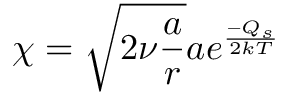
\chi = \sqrt { 2 \nu \frac { a } { r } } a e ^ { \frac { - Q _ { s } } { 2 k T } }